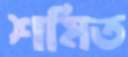
শমিত